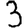
Digit: 3